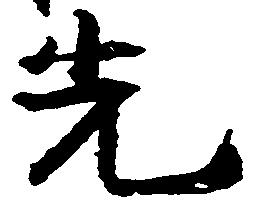
先